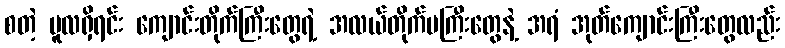
စတဲ့ မူလရှိရင်း ကျောင်းတိုက်ကြီးတွေရဲ့ အလယ်တိုက်မကြီးတွေနဲ့ အရံ အုတ်ကျောင်းကြီးတွေလည်း